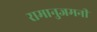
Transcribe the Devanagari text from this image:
रामानुजमनी